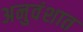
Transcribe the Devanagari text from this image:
अनुवंशात